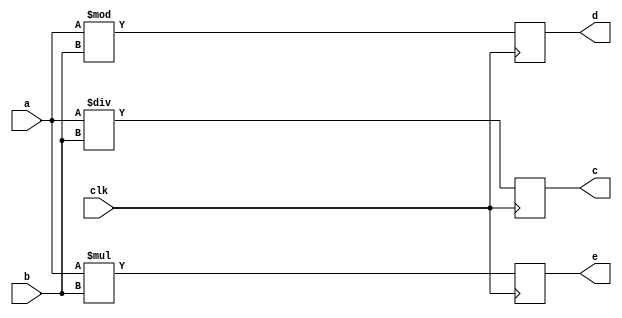
module moduleName (clk, a, b, c, d, e);
    output [3:0] c,d;
    output [7:0] e;
    input [3:0] a,b;
    input clk;
    
    reg [3:0] c,d;
    reg [7:0] e;

    always @(posedge clk) begin
        c = a / b;
        d = a % b;
        e = a * b; 
    end
    
endmodule